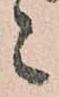
々